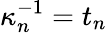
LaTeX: \kappa_{n}^{-1}=t_{n}